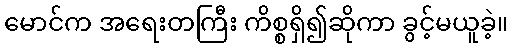
မောင်က အရေးတကြီး ကိစ္စရှိ၍ဆိုကာ ခွင့်မယူခဲ့။